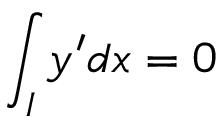
\int _ { I } y ^ { \prime } d x = 0